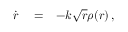
\begin{array} { r l r } { \dot { r } } & { { } = } & { - k \sqrt { r } \rho ( r ) \, , } \end{array}